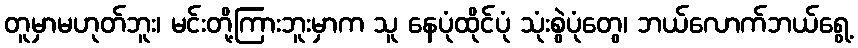
တူမှာမဟုတ်ဘူး၊ မင်းတို့ကြားဘူးမှာက သူ နေပုံထိုင်ပုံ သုံးစွဲပုံတွေ၊ ဘယ်လောက်ဘယ်ရွေ့